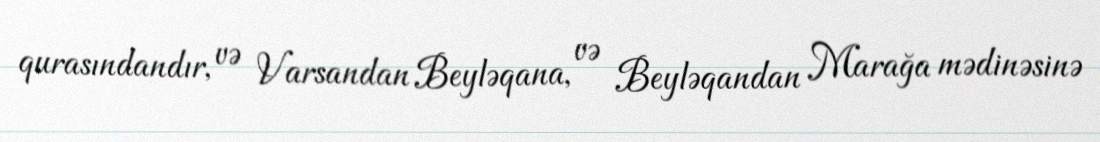
qurasındandır, və Varsandan Beyləqana, və Beyləqandan Marağa mədinəsinə